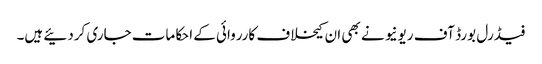
فیڈرل بورڈ آف ریونیو نے بھی ان کیخلاف کارروائی کے احکامات جاری کردئیے ہیں۔